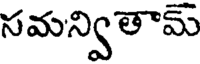
సమన్వితామ్